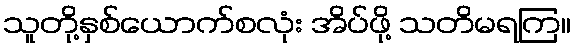
သူတို့နှစ်ယောက်စလုံး အိပ်ဖို့ သတိမရကြ။